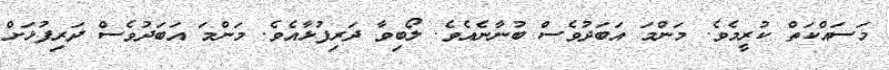
މަސައްކަތް ކުރީމެވެ. މަންމަ އަބަދުވެސް ބުނާނެއެވެ. ލޯބިވާ ދަރިފުޅާއެވެ. މަންމަ އަބަދުވެސް ދަރިފުޅަށް